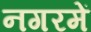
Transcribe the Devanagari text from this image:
नगरमें